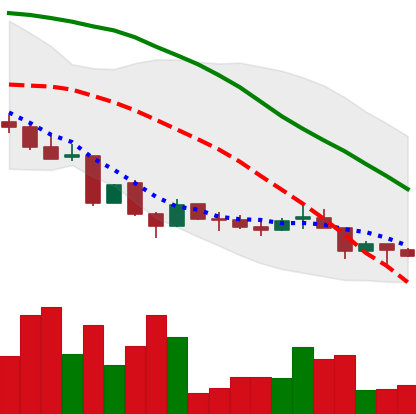
Ticker: LINK-USD
Chart end date: 2018-06-25
Forward return: 26.112%
Label: up_7plus